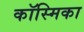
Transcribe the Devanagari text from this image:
कॉस्मिका